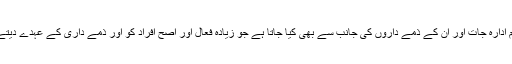
یہ کام ادارہ جات اور ان کے ذمے داروں کی جانب سے بھی کیا جاتا ہے جو زیادہ فعال اور اصح افراد کو اور ذمے داری کے عہدے دیتے ہیں۔